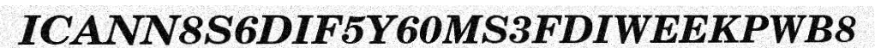
ICANN8S6DIF5Y60MS3FDIWEEKPWB8